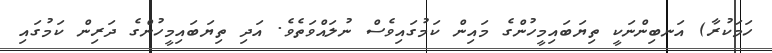
ހަމަކުރާ) އަނބިންނަކީ ތިޔަބައިމީހުންގެ މައިން ކަމުގައިވެސް ނުލައްވަތެވެ. އަދި ތިޔަބައިމީހުންގެ ދަރިން ކަމުގައި